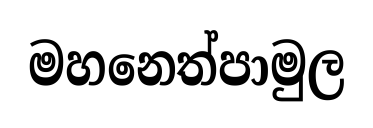
මහනෙත්පාමුල